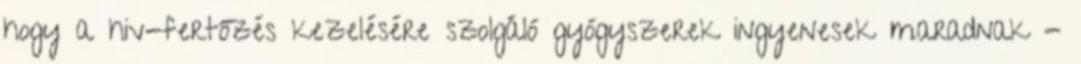
hogy a hiv-fertőzés kezelésére szolgáló gyógyszerek ingyenesek maradnak -